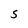
Character: S